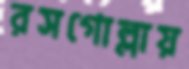
রসগোল্লায়